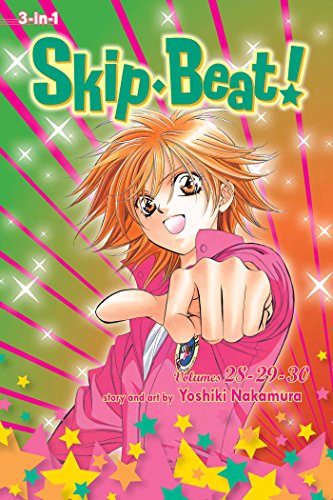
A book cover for Skip Beat! (3-in-1 Edition), Vol. 10: Includes Volumes 28, 29, & 30; Yoshiki Nakamura; Comics & Graphic Novels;